Statistical return of the lunatic asylum in Assam - 1912-1932
Year: 1912
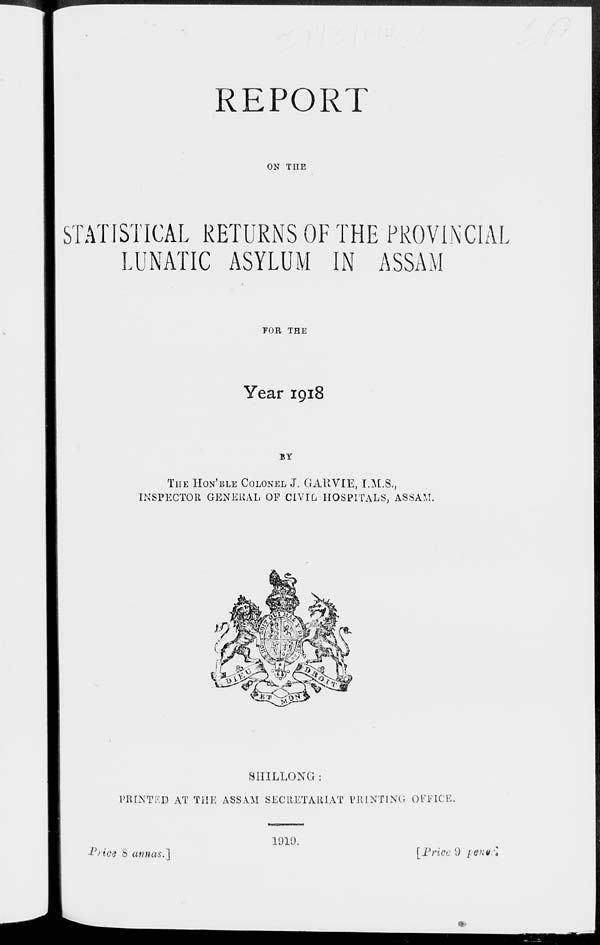
REPORT
ON THE
STATISTICAL RETURNS OF THE PROVINCIAL
LUNATIC ASYLUM IN ASSAM
FOR THE
Year 1918
BY
THE HON'BLE COLONEL J. GALIVIE, I.M.S.,
INSPECTOR GENERAL OF CIVIL HOSPITALS, ASSAM.
SIIILLONG :
PRINTED AT THE ASSAM SECRETARIAT PRINTING OFFICE.
iVt'00 S annas.']
1911).
[Prioe 9 penie]